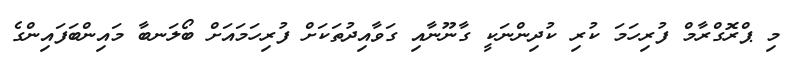
މި ޕްރޮގްރާމް ފުރިހަމަ ކުރި ކުދިންނަކީ ގާނޫނާއި ގަވާއިދުތަކަށް ފުރިހަމައަށް ބޯލަނބާ މައިންބަފައިންގެ